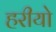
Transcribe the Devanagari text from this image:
हरीयो